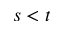
s < t